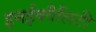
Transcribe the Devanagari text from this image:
इनईक्वैलिटी